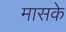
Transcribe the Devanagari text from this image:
मासके